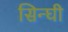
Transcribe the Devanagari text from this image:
सिन्घी